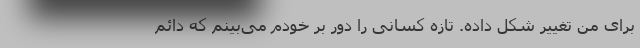
برای من تغییر شکل داده. تازه کسانی را دور بر خودم می‌بینم که دائم